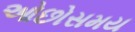
ઓછોસમય